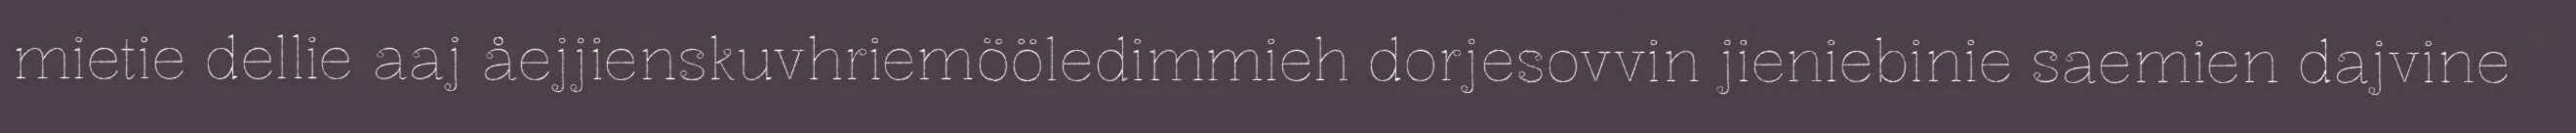
mietie dellie aaj åejjienskuvhriemööledimmieh dorjesovvin jieniebinie saemien dajvine